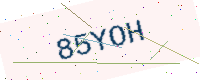
Text: 85YOH